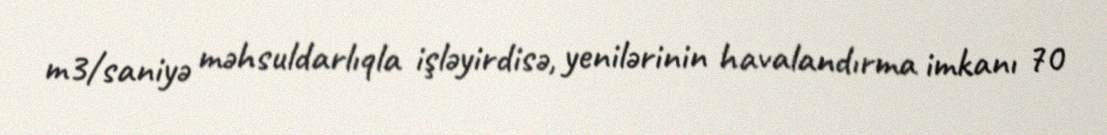
m3/saniyə məhsuldarlıqla işləyirdisə, yenilərinin havalandırma imkanı 70